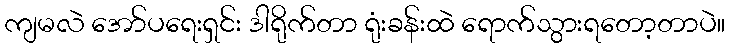
ကျမလဲ အော်ပရေးရှင်း ဒါရိုက်တာ ရုံးခန်းထဲ ရောက်သွားရတော့တာပဲ။